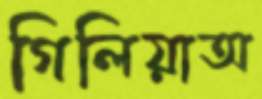
গিলিয়াঅ